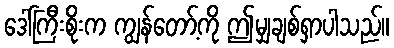
ဒေါ်ကြီးစိုးက ကျွန်တော့်ကို ဤမျှချစ်ရှာပါသည်။